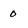
Character: 0